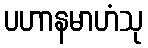
ပဟာနမာဟံသု